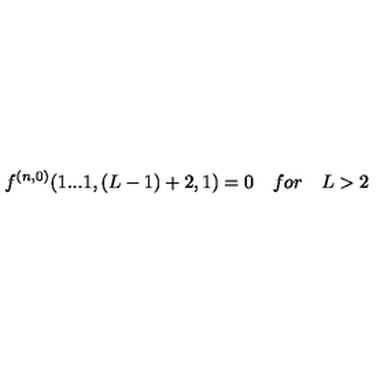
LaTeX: f ^ { ( n , 0 ) } ( 1 . . . 1 , ( L - 1 ) + 2 , 1 ) = 0 \quad f o r \quad L > 2